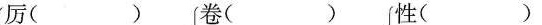
厉（ ）卷（ ）性（ ）